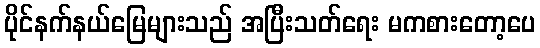
ပိုင်နက်နယ်မြေများသည် အပြီးသတ်ရေး မကစားတော့ပေ